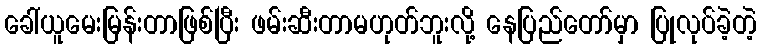
ခေါ်ယူမေးမြန်းတာဖြစ်ပြီး ဖမ်းဆီးတာမဟုတ်ဘူးလို့ နေပြည်တော်မှာ ပြုလုပ်ခဲ့တဲ့